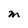
Character: M